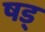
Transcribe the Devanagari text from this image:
षड्‍